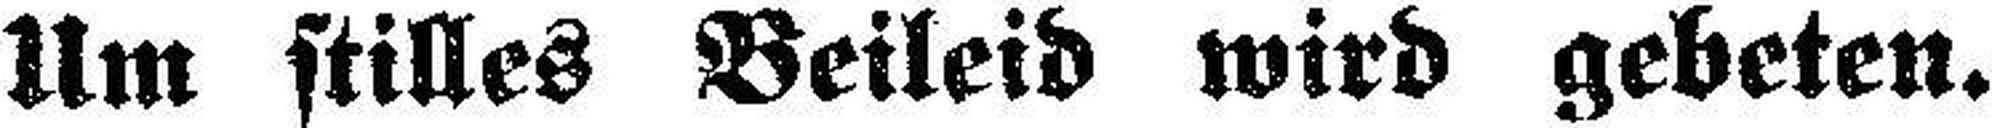
Um stilles Beileid wird gebeten.